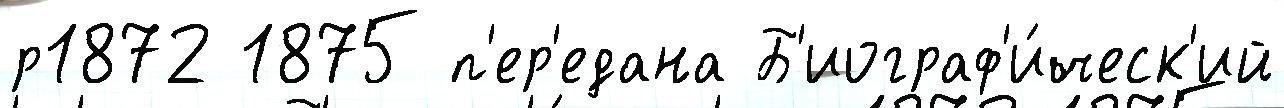
р1872 1875 п'ер'едана Б'иограф'и́ческ'ий